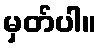
မှတ်ပါ။